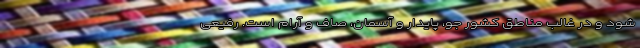
شود و در غالب مناطق کشور جو، پایدار و آسمان، صاف و آرام است. رفیعی